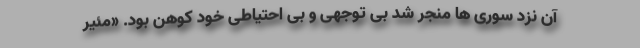
آن نزد سوری‌ ها منجر شد بی توجهی و بی احتیاطی خود کوهن بود. «مئیر